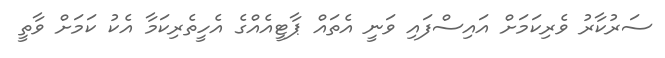
ސަރުކާރު ވެރިކަމަށް އައިސްފައި ވަނީ އެތައް ޕާޓީއެއްގެ އެހީތެރިކަމާ އެކު ކަމަށް ވާތީ